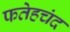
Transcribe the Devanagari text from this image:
फतेहचंद